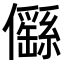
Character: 㒡